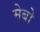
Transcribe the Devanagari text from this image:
मेबो